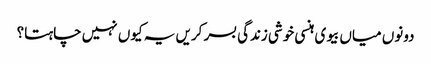
دونوں میاں بیوی ہنسی خوشی زندگی بسر کریں یہ کیوں نہیں چاہتا؟